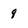
Character: 9